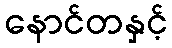
နောင်တနှင့်